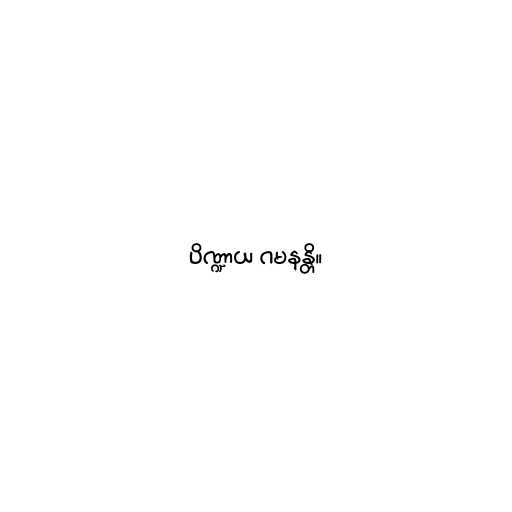
ပိဏ္ဍာယ ဂမနန္တိ။